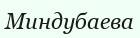
Миндубаева